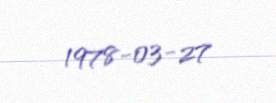
1978-03-27